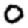
Digit: 0